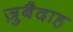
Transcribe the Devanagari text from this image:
ज़ुबैदाह